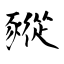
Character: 豵